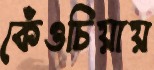
কেঁওচিয়ায়